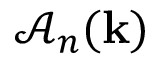
\mathcal { A } _ { n } ( \mathbf { k } )